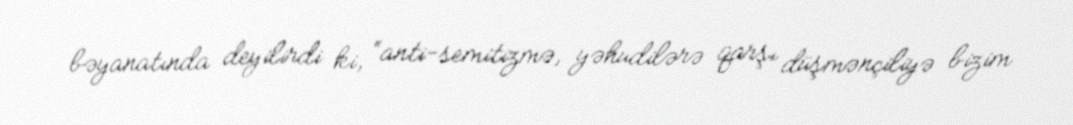
bəyanatında deyilirdi ki, “anti-semitizmə, yəhudilərə qarşı düşmənçiliyə bizim